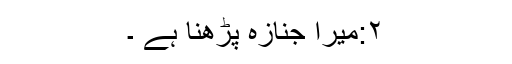
۲:میرا جنازہ پڑھنا ہے ۔